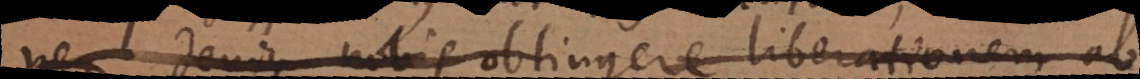
neque denique nobis obtingere liberationem ab